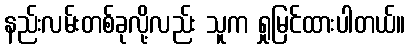
နည်းလမ်းတစ်ခုလို့လည်း သူက ရှုမြင်ထားပါတယ်။